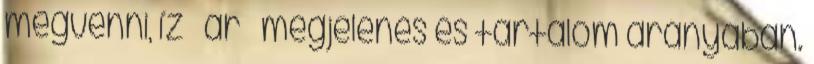
megvenni, íz ár megjelenés és tartalom arányában.